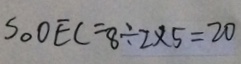
S _ { \Delta } D E C = 8 \div 2 \times 5 = 2 0